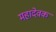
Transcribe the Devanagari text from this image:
महादेवक